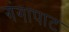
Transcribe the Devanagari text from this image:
गंगापाट